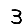
Digit: 3